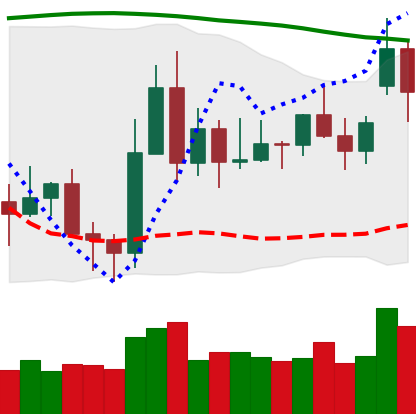
Ticker: XLM-USD
Chart end date: 2020-11-18
Forward return: 56.191%
Label: up_7plus